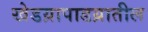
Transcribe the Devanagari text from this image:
खेडय़ापाडय़ातील